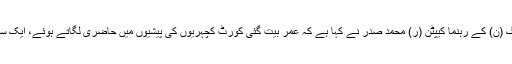
29 مئی2018ء) پاکستان مسلم لیگ (ن) کے رہنما کیپٹن (ر) محمد صدر نے کہا ہے کہ عمر بیت گئی کورٹ کچہریوں کی پیشیوں میں حاضری لگاتے ہوئے، ایک سنچری کے قریب پیشیاں ہوگئی ہیں۔